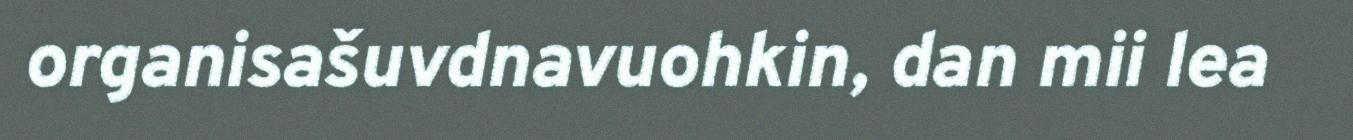
organisašuvdnavuohkin, dan mii lea